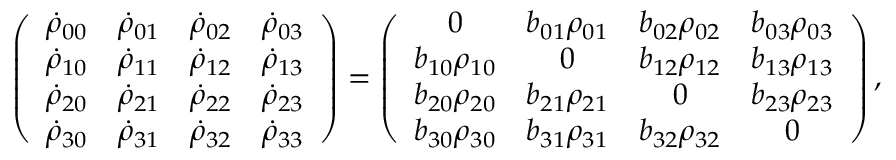
\left( \begin{array} { c c c c } { \dot { \rho } _ { 0 0 } } & { \dot { \rho } _ { 0 1 } } & { \dot { \rho } _ { 0 2 } } & { \dot { \rho } _ { 0 3 } } \\ { \dot { \rho } _ { 1 0 } } & { \dot { \rho } _ { 1 1 } } & { \dot { \rho } _ { 1 2 } } & { \dot { \rho } _ { 1 3 } } \\ { \dot { \rho } _ { 2 0 } } & { \dot { \rho } _ { 2 1 } } & { \dot { \rho } _ { 2 2 } } & { \dot { \rho } _ { 2 3 } } \\ { \dot { \rho } _ { 3 0 } } & { \dot { \rho } _ { 3 1 } } & { \dot { \rho } _ { 3 2 } } & { \dot { \rho } _ { 3 3 } } \end{array} \right) = \left( \begin{array} { c c c c } { 0 } & { b _ { 0 1 } \rho _ { 0 1 } } & { b _ { 0 2 } \rho _ { 0 2 } } & { b _ { 0 3 } \rho _ { 0 3 } } \\ { b _ { 1 0 } \rho _ { 1 0 } } & { 0 } & { b _ { 1 2 } \rho _ { 1 2 } } & { b _ { 1 3 } \rho _ { 1 3 } } \\ { b _ { 2 0 } \rho _ { 2 0 } } & { b _ { 2 1 } \rho _ { 2 1 } } & { 0 } & { b _ { 2 3 } \rho _ { 2 3 } } \\ { b _ { 3 0 } \rho _ { 3 0 } } & { b _ { 3 1 } \rho _ { 3 1 } } & { b _ { 3 2 } \rho _ { 3 2 } } & { 0 } \end{array} \right) ,